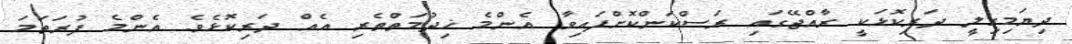
ދިޔަމިގިލީ ދަރިކޮޅަކީ ރާއްޖޭގައި ރަސްކަންކޮށްފައިވާ އެންމެ ޚިދުމަތްތެރި އެއް ދަރިކޮޅެވެ. އެންމެ ފުރަތަމަ